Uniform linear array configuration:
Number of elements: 8
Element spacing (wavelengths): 1
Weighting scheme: uniform
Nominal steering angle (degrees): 45
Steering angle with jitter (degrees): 44.335
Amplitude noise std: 0.05
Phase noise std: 0.05

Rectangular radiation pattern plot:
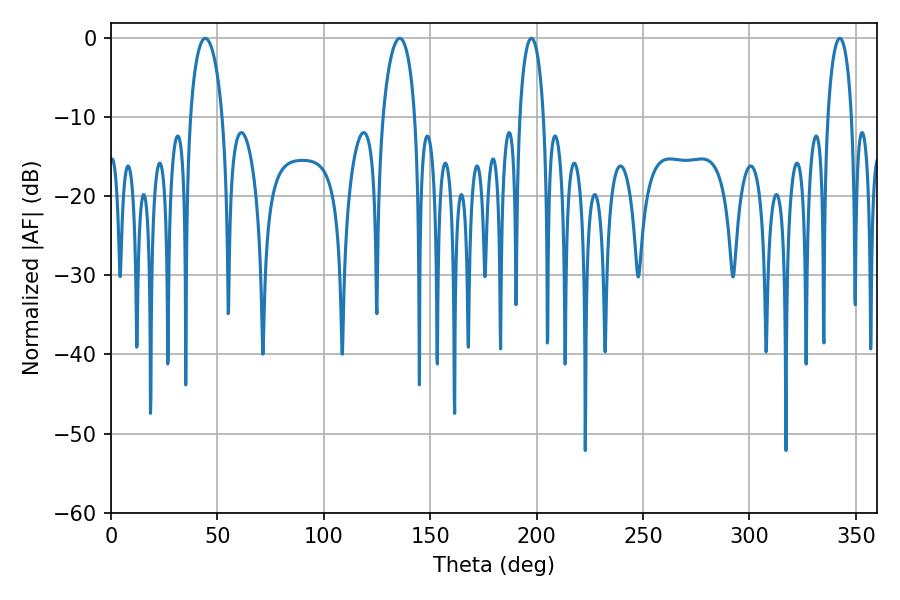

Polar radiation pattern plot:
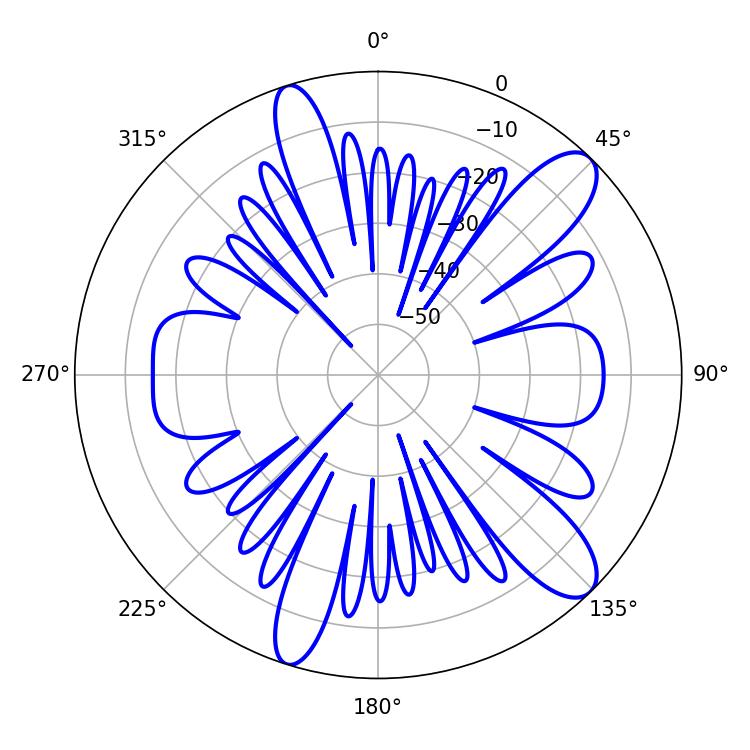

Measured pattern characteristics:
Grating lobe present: TRUE
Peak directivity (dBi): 11.179
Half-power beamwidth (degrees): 8.64
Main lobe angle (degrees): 44.28